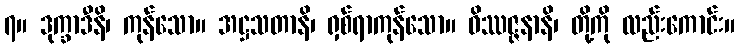
၇။ ဒုက္ခာဒီနိ၊ ကုန်သော။ အဋ္ဌသတာနိ၊ ရှစ်ရာကုန်သော။ ဝိဿဇ္ဇနာနိ၊ တို့ကို လည်းကောင်း။